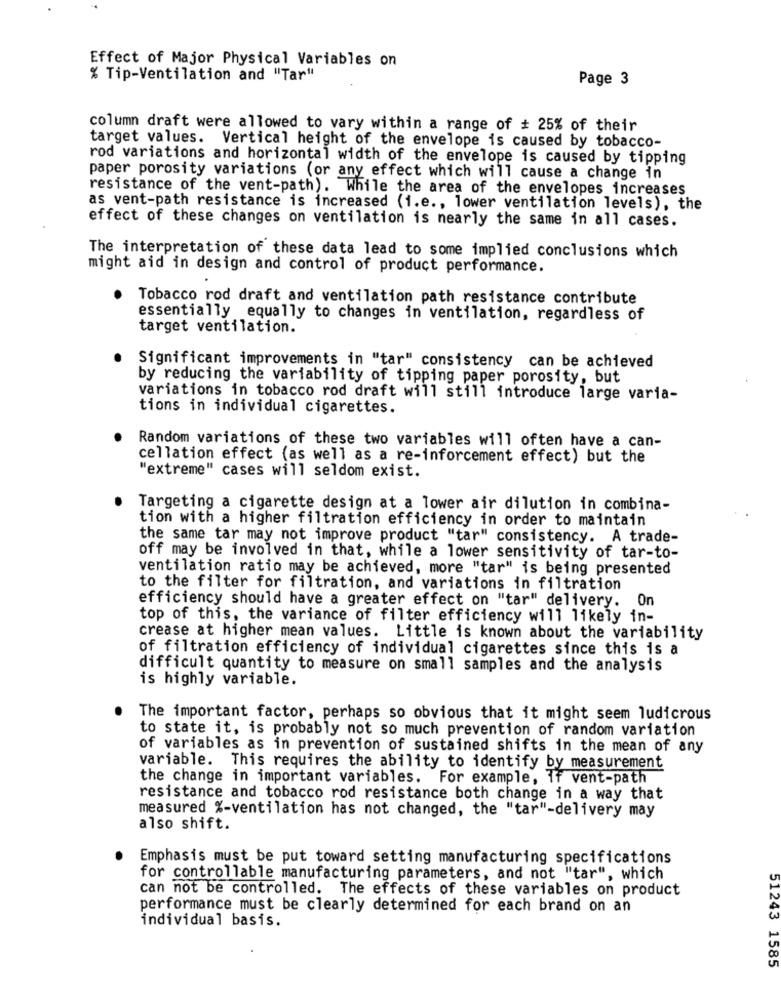
Effect of Major Physical Variables on
% Tip-Ventilation and "Tar"
Page 3
column draft were allowed to vary within a range of # 25% of their
target values. Vertical height of the envelope is caused by tobacco-
rod variations and horizontal width of the envelope is caused by tipping
paper porosity variations (or any effect which will cause a change in
resistance of the vent-path). While the area of the envelopes increases
as vent-path resistance is increased (i.e ., lower ventilation levels), the
effect of these changes on ventilation is nearly the same in all cases.
The interpretation of these data lead to some implied conclusions which
might aid in design and control of product performance.
Tobacco rod draft and ventilation path resistance contribute
essentially equally to changes in ventilation, regardless of
target ventilation.
Significant improvements in "tar" consistency can be achieved
by reducing the variability of tipping paper porosity, but
variations in tobacco rod draft will still introduce large varia-
tions in individual cigarettes.
Random variations of these two variables will often have a can-
cellation effect (as well as a re-inforcement effect) but the
"extreme" cases will seldom exist.
Targeting a cigarette design at a lower air dilution in combina-
tion with a higher filtration efficiency in order to maintain
the same tar may not improve product "tar" consistency. A trade-
off may be involved in that, while a lower sensitivity of tar-to-
ventilation ratio may be achieved, more "tar" is being presented
to the filter for filtration, and variations in filtration
efficiency should have a greater effect on "tar" delivery. On
top of this, the variance of filter efficiency will likely in-
crease at higher mean values. Little is known about the variability
of filtration efficiency of individual cigarettes since this is a
difficult quantity to measure on small samples and the analysis
is highly variable.
The important factor, perhaps so obvious that it might seem ludicrous
to state it, is probably not so much prevention of random variation
of variables as in prevention of sustained shifts in the mean of any
variable. This requires the ability to identify by measurement
the change in important variables. For example, If vent-path
resistance and tobacco rod resistance both change in a way that
measured %-ventilation has not changed, the "tar"-delivery may
also shift.
Emphasis must be put toward setting manufacturing specifications
for controllable manufacturing parameters, and not "tar", which
can not be controlled. The effects of these variables on product
performance must be clearly determined for each brand on an
individual basis.
51243 1585